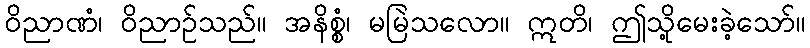
ဝိညာဏံ၊ ဝိညာဉ်သည်။ အနိစ္စံ၊ မမြဲသလော။ ဣတိ၊ ဤသို့မေးခဲ့သော်။